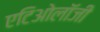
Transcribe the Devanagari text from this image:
एटिओलॉजी